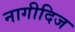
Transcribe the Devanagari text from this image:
नागीदिज